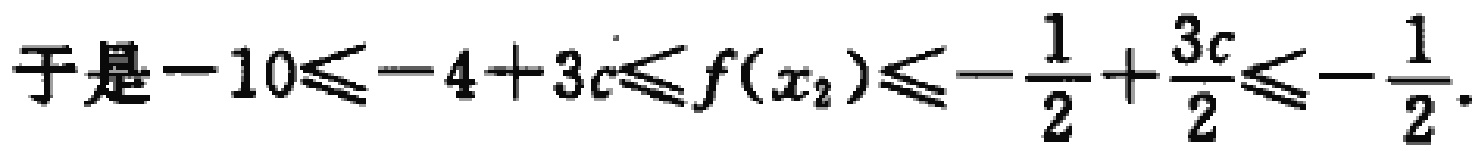
于是\(-10\leqslant -4 + 3c\leqslant f(x_{2})\leqslant -\frac{1}{2}+\frac{3c}{2}\leqslant -\frac{1}{2}\).